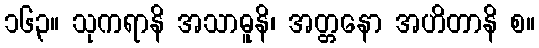
၁၆၃။ သုကရာနိ အသာဓူနိ၊ အတ္တနော အဟိတာနိ စ။